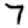
Digit: 7